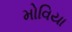
મોવિયા